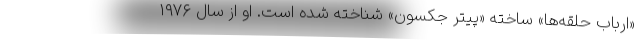
«ارباب حلقه‌ها» ساخته «پیتر جکسون» شناخته شده است. او از سال ۱۹۷۶